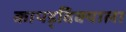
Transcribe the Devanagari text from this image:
कापड्विक्याला